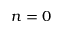
n = 0